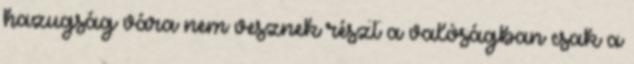
hazugság vára nem vesznek részt a valóságban csak a